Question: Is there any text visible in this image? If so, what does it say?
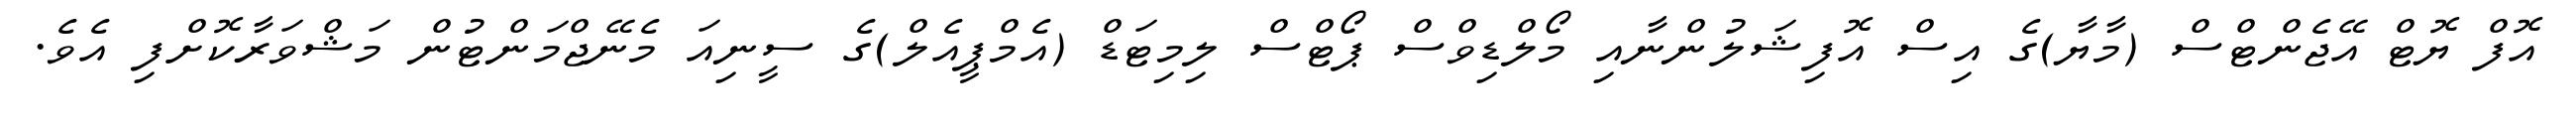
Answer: އޮފް ޔޮޓް އޭޖެންޓްސް (މާޔާ)ގެ އިސް އޮފިޝަލުންނާއި މޯލްޑިވްސް ޕޯޓްސް ލިމިޓަޑް (އެމްޕީއެލް)ގެ ސީނިއަ މެނޭޖްމަންޓުން މަޝްވަރާކޮށްފި އެވެ.